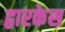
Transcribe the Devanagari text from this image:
द्वारकेस